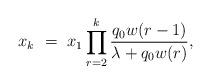
LaTeX: \begin{align*}x_k \ = \ x_1\prod_{r=2}^k\frac{q_0w(r-1)}{\lambda + q_0w(r)},\end{align*}